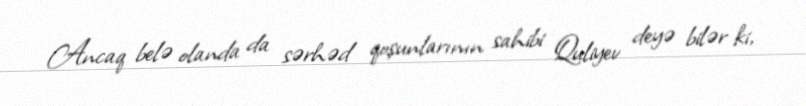
Ancaq belə olanda da sərhəd qoşunlarının sahibi Quliyev deyə bilər ki,